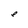
Character: e